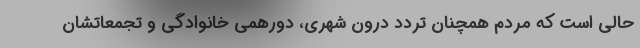
حالی است که مردم همچنان تردد درون شهری، دورهمی خانوادگی و تجمعاتشان